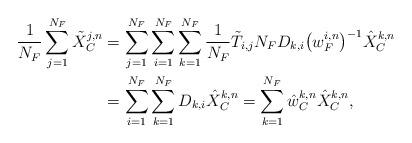
LaTeX: \begin{align*}\frac{1}{N_{F}}\sum^{N_{F}}_{j=1}\tilde{X}_{C}^{j, n}&=\sum^{N_{F}}_{j=1}\sum^{N_{F}}_{i=1}\sum^{N_{F}}_{k=1}\frac{1}{N_{F}}\tilde{T}_{i,j}N_{F}D_{k,i}\big(w_{F}^{i, n}\big)^{-1}\hat{X}_{C}^{k, n}\\&=\sum^{N_{F}}_{i=1}\sum^{N_{F}}_{k=1}D_{k,i}\hat{X}_{C}^{k, n}=\sum^{N_{F}}_{k=1}\hat{w}_{C}^{k, n}\hat{X}_{C}^{k, n},\end{align*}